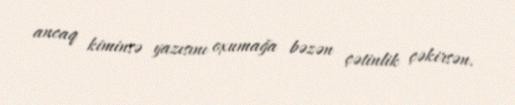
ancaq kiminsə yazısını oxumağa bəzən çətinlik çəkirsən.